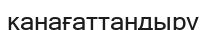
канағаттандыру